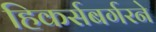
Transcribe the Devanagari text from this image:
हिकर्सबर्गरने